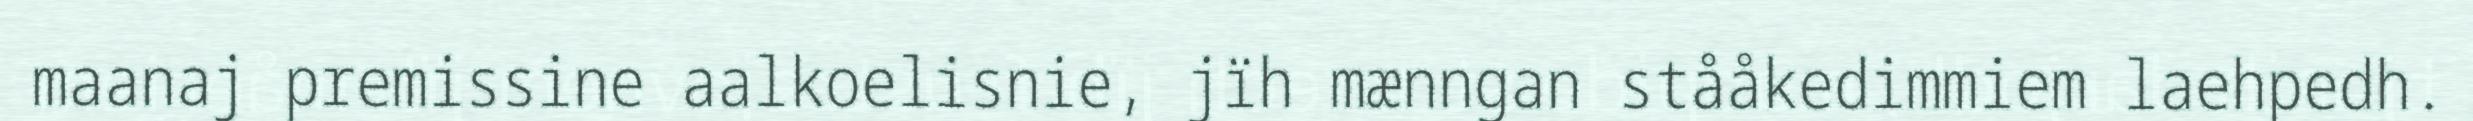
maanaj premissine aalkoelisnie, jïh mænngan stååkedimmiem laehpedh.